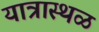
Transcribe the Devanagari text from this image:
यात्रास्थळ